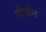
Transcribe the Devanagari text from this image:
पीजेन